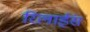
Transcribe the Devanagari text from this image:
रिलाईंस